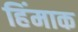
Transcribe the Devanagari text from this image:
हिंमाक